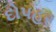
દોપહર